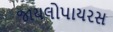
જાયલોપાયરસ